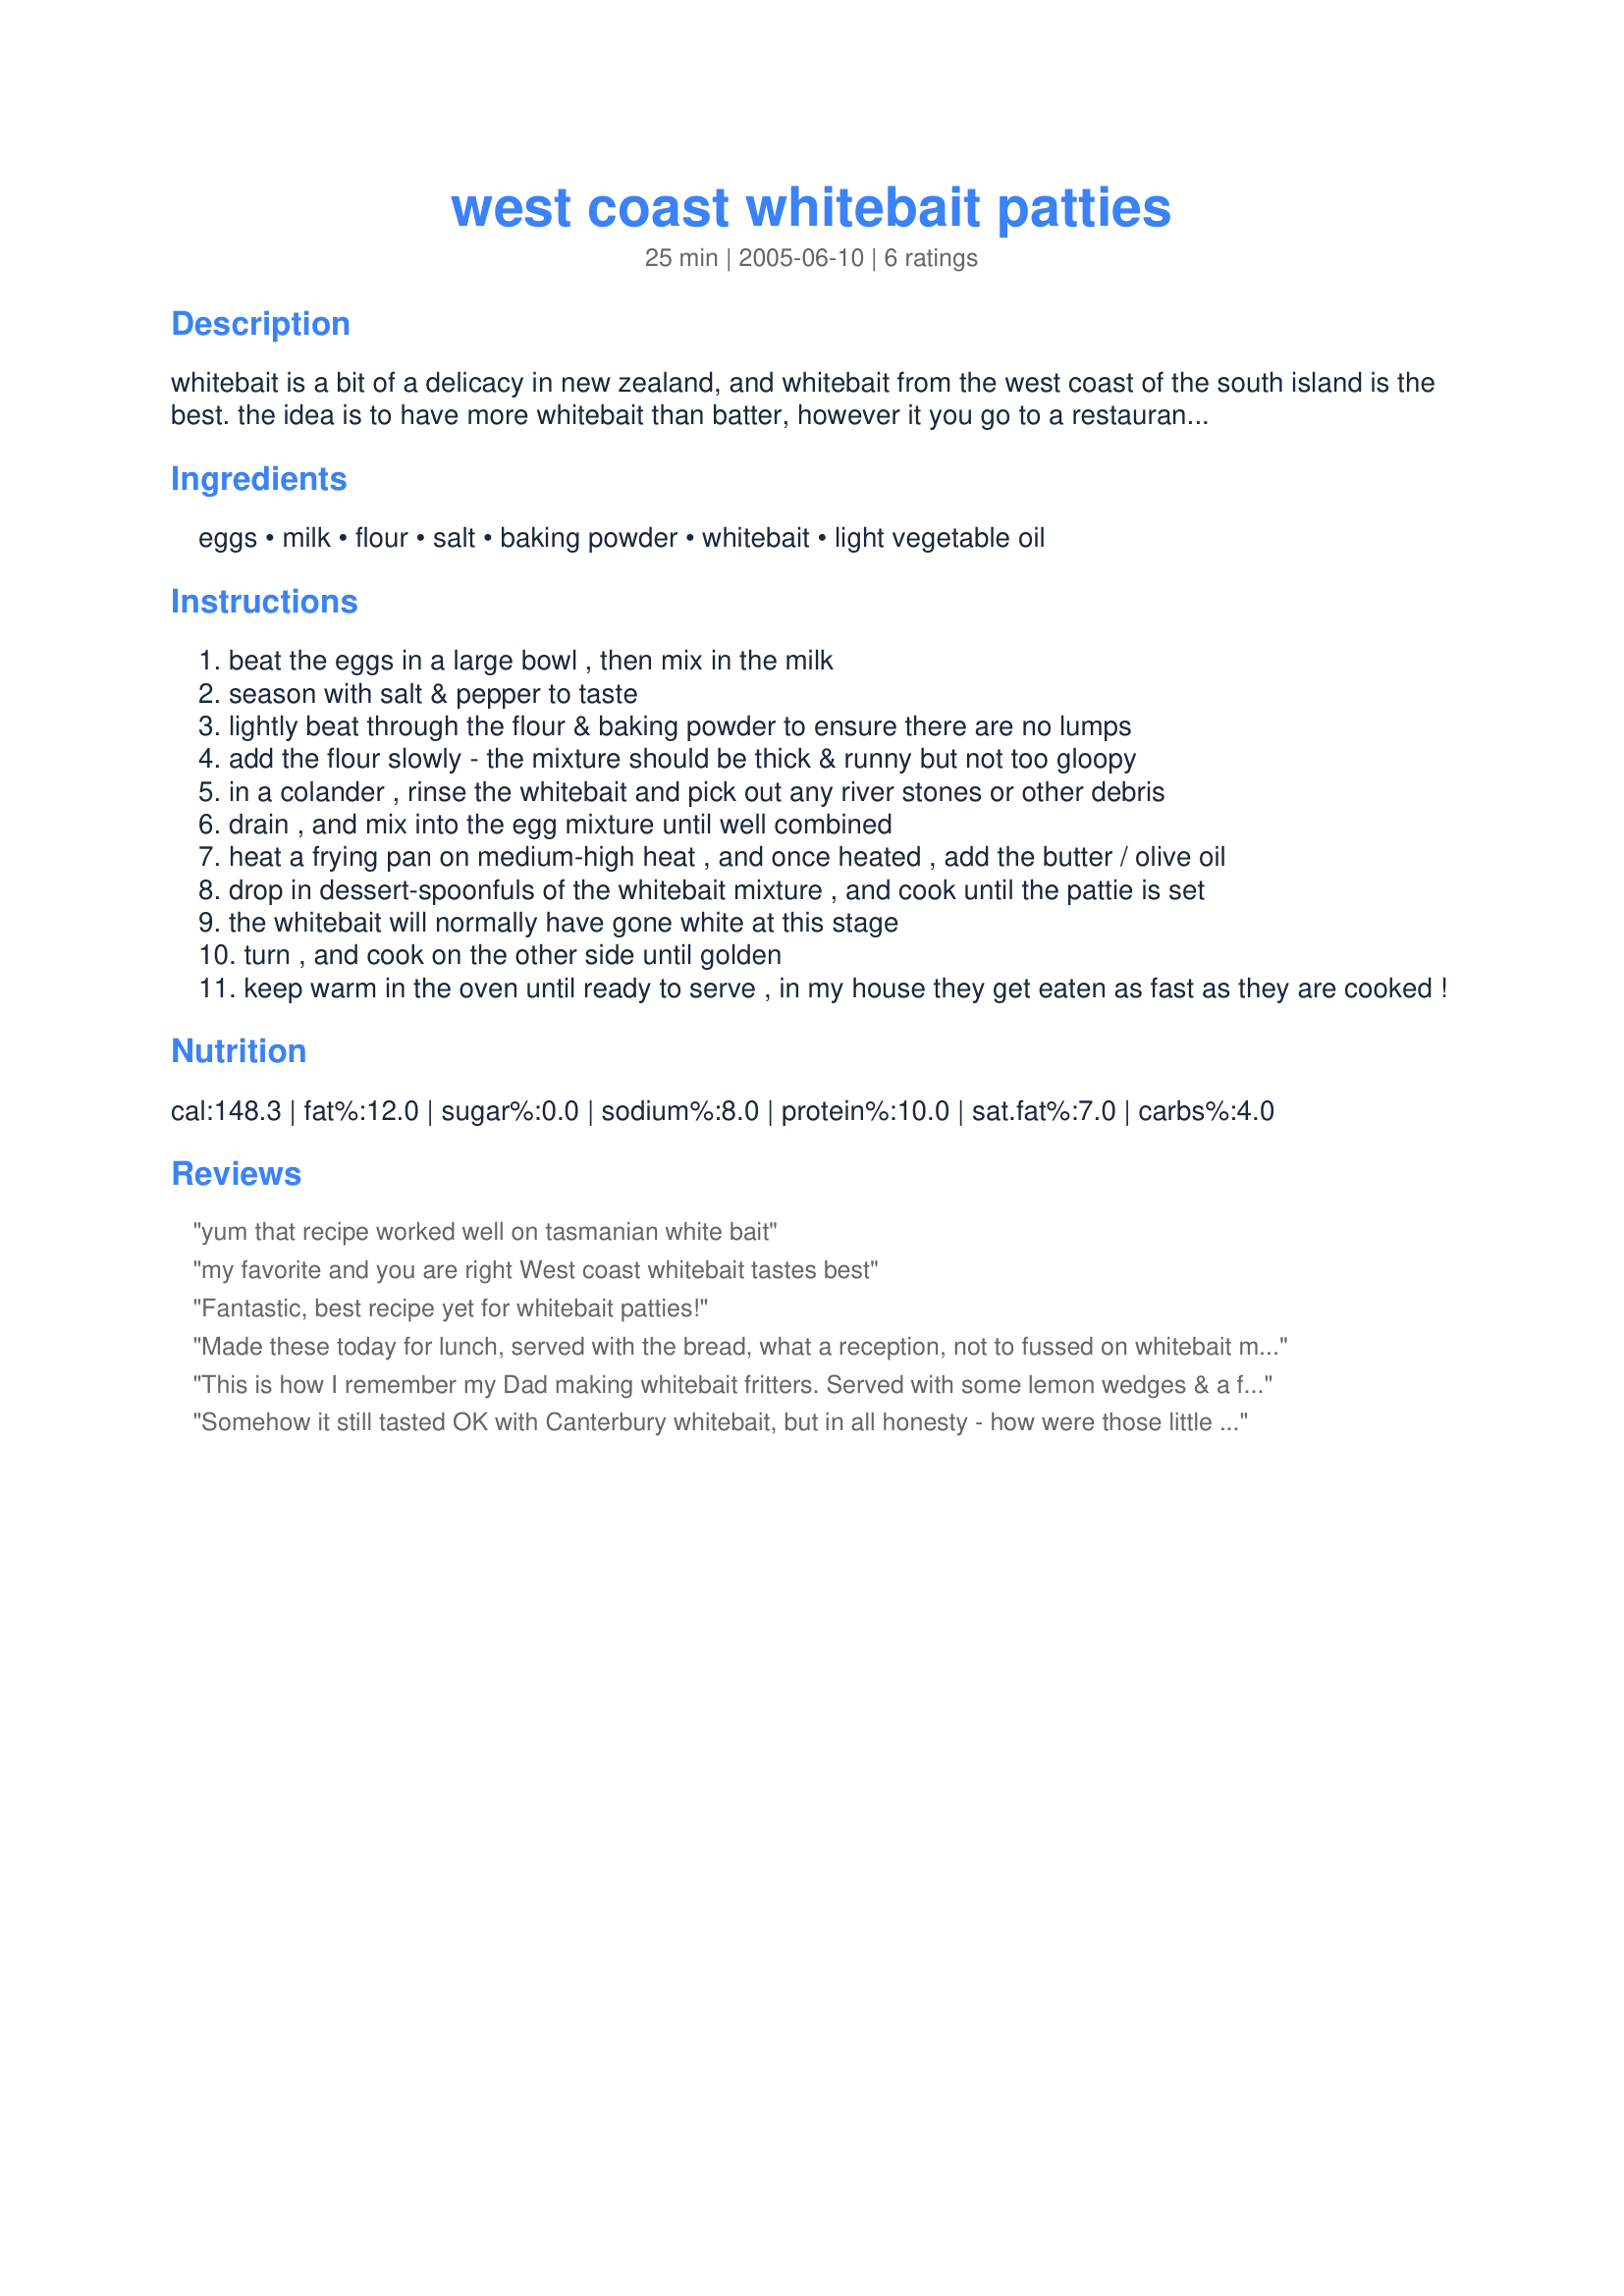
west coast whitebait patties
Preparation time: 25 minutes

whitebait is a bit of a delicacy in new zealand, and whitebait from the west coast of the south island is the best. the idea is to have more whitebait than batter, however it you go to a restaurant you will probably find that it's the other way round!

west coasters also serve them with mint sauce which is very tasty. another thing to do is heat the oven to 50degrees c, and butter 4 slices of white bread. put these on a plate in the oven (butter side up) and as each whitebait pattie is cooked put them on the bread. us kids used to fight over the bread at the end as it tastes yummy(strange but true).

Ingredients:
eggs, milk, flour, salt, baking powder, whitebait, light vegetable oil

Steps:
beat the eggs in a large bowl , then mix in the milk
season with salt & pepper to taste
lightly beat through the flour & baking powder to ensure there are no lumps
add the flour slowly - the mixture should be thick & runny but not too gloopy
in a colander , rinse the whitebait and pick out any river stones or other debris
drain , and mix into the egg mixture until well combined
heat a frying pan on medium-high heat , and once heated , add the butter / olive oil
drop in dessert-spoonfuls of the whitebait mixture , and cook until the pattie is set
the whitebait will normally have gone white at this stage
turn , and cook on the other side until golden
keep warm in the oven until ready to serve , in my house they get eaten as fast as they are cooked !

Reviews:
yum that recipe worked well on tasmanian white bait
my favorite and you are right West coast whitebait tastes best
Fantastic, best recipe yet for whitebait patties!
Made these today for lunch, served with the bread, what a reception, not to fussed on whitebait myself but I tried a pattie before serving, absolutely lovely can see why people rave about it, am a fan now.
This is how I remember my Dad making whitebait fritters. Served with some lemon wedges & a few potato fies & buttered bread. Followed your idea of putting them on buttered bread while in the oven. Hubby & I really made little piggies of ourselves on these for our dinner. Thanks for the memories:) Will be making this again when someone gives us some more whitebait...LOL :)
Somehow it still tasted OK with Canterbury whitebait, but in all honesty - how were those little beggars meant to know they had swum up a river on the wrong coast.
